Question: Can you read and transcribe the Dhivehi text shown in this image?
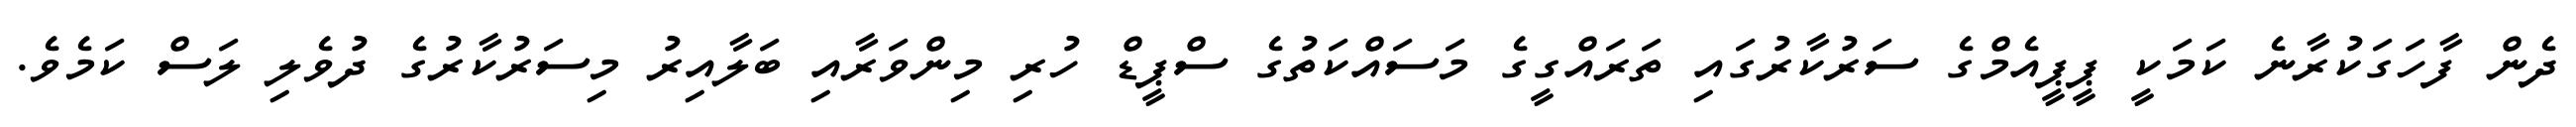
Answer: ދެން ފާހަގަކުރާނެ ކަމަކީ ޕީޕީއެމްގެ ސަރުކާރުގައި ތަރައްގީގެ މަސައްކަތުގެ ސްޕީޑް ހުރި މިންވަރާއި ބަލާއިރު މިސަރުކާރުގެ ދުވެލި ލަސް ކަމެވެ.